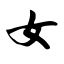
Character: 女